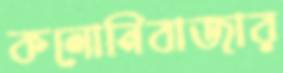
কলোনিবাজার